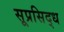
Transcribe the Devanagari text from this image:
सूप्रसिद्ध